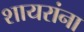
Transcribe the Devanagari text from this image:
शायरांना